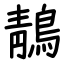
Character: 鶄